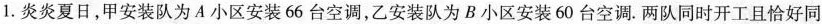
1.炎炎夏日，甲安装队为A小区安装66台空调，乙安装队为B小区安装60台空调。两队同时开工且恰好同